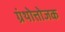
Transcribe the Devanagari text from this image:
ग्रंथोत्तोजक